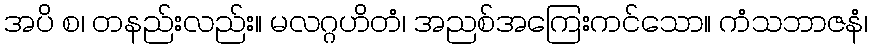
အပိ စ၊ တနည်းလည်း။ မလဂ္ဂဟိတံ၊ အညစ်အကြေးကင်သော။ ကံသဘာဇနံ၊